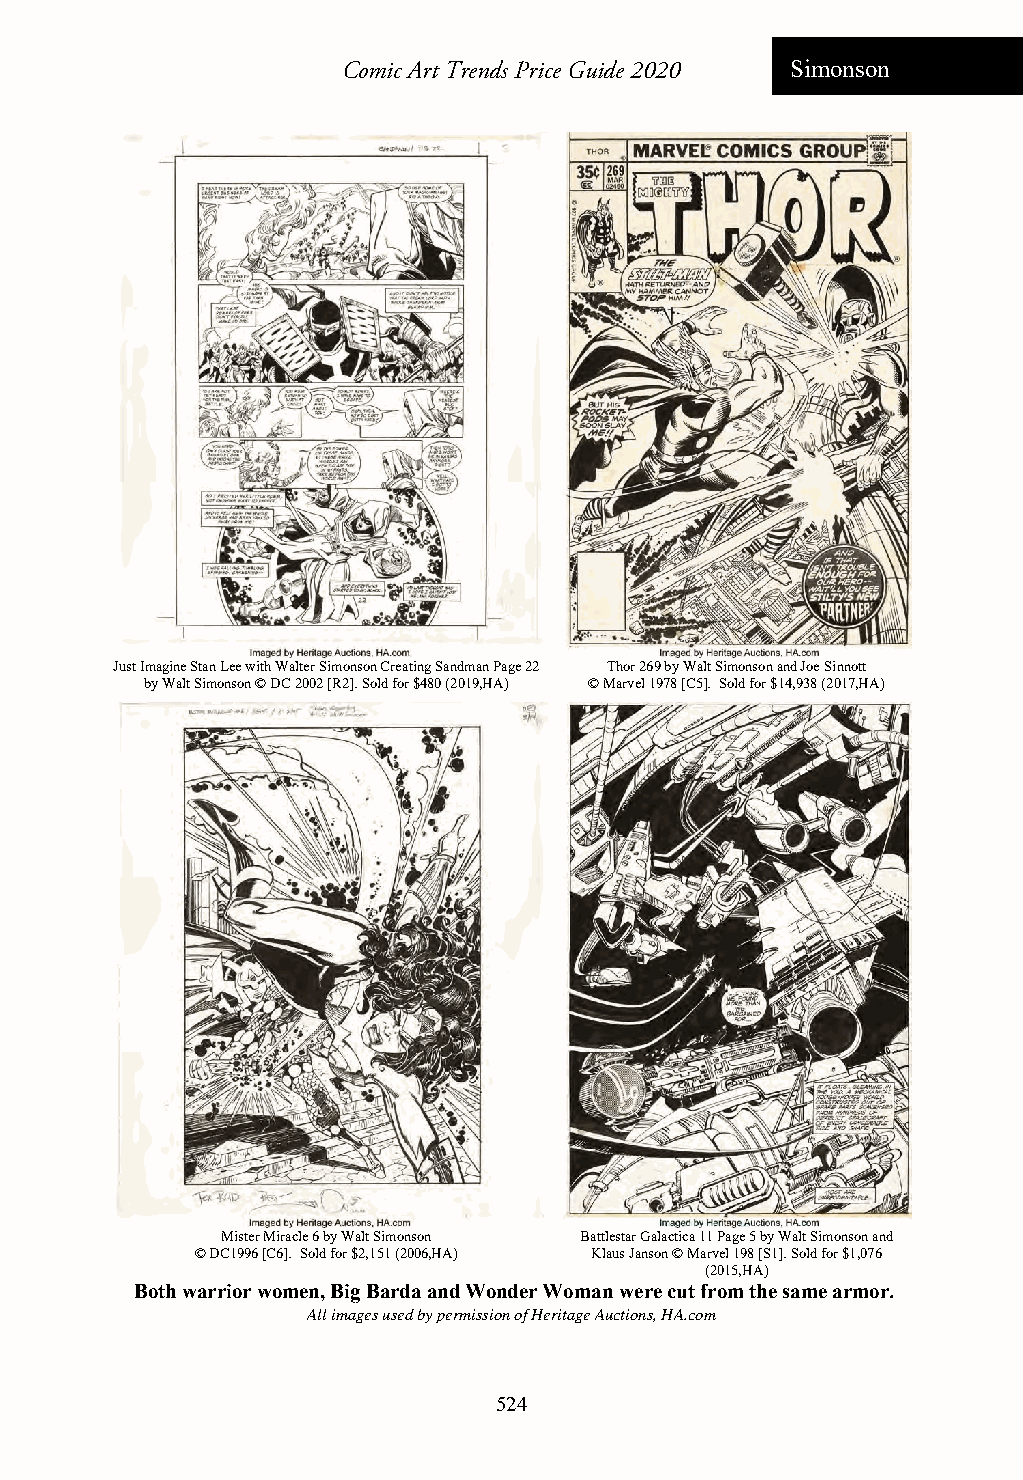
Comic Art Trends Price Guide 2020 Simonson
 Just Imagine Stan Lee with Walter Simonson Creating Sandman Page 22 Thor 269 by Walt Simonson and Joe Sinnott
 by Walt Simonson © DC 2002 [R2]. Sold for $480 (2019,HA) © Marvel 1978 [C5]. Sold for $14,938 (2017,HA)
 Mister Miracle 6 by Walt Simonson Battlestar Galactica 11 Page 5 by Walt Simonson and
 © DC1996 [C6]. Sold for $2,151 (2006,HA) Klaus Janson © Marvel 198 [S1]. Sold for $1,076
 (2015,HA)
 Both warrior women, Big Barda and Wonder Woman were cut from the same armor.
 All images used by permission of Heritage Auctions, HA.com
 524